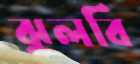
ঝুলবি